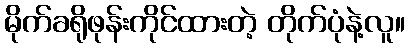
မိုက်ခရိုဖုန်းကိုင်ထားတဲ့ တိုက်ပုံနဲ့လူ။